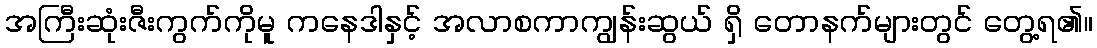
အကြီးဆုံးဇီးကွက်ကိုမူ ကနေဒါနှင့် အလာစကာကျွန်းဆွယ် ရှိ တောနက်များတွင် တွေ့ရ၏။